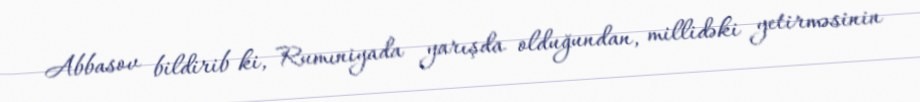
Abbasov bildirib ki, Rumıniyada yarışda olduğundan, millidəki yetirməsinin